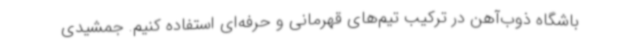
باشگاه ذوب‌آهن در ترکیب تیم‌های قهرمانی و حرفه‌ای استفاده کنیم. جمشیدی